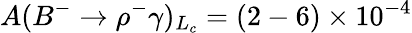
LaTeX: A(B^{-}\to\rho^{-}\gamma)_{L_{c}}=(2-6)\times 10^{-4}